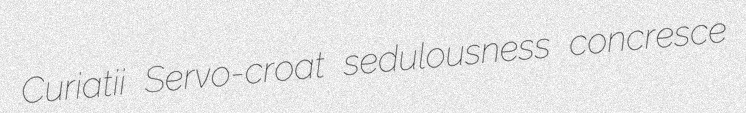
Curiatii Servo-croat sedulousness concresce